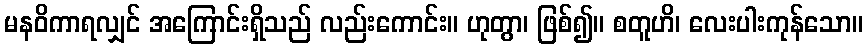
မနဝိကာရလျှင် အကြောင်းရှိသည် လည်းကောင်း။ ဟုတွာ၊ ဖြစ်၍။ စတူဟိ၊ လေးပါးကုန်သော။